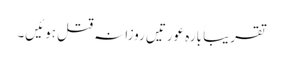
تقریباََ بارہ عورتیں روزانہ قتل ہوئیں۔